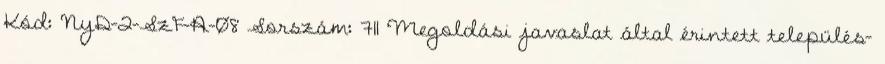
Kód: NyD-2-SzF-A-08 Sorszám: 711 Megoldási javaslat által érintett település-